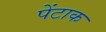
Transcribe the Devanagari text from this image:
पेंटाक